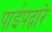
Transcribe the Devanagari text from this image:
पाईपद्वारे